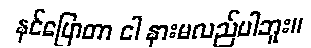
နင်ပြောတာ ငါ နားမလည်ပါဘူး။